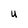
Character: U